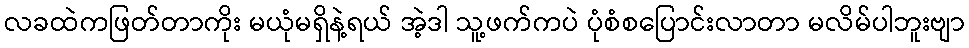
လခထဲကဖြတ်တာကိုး မယုံမရှိနဲ့ရယ် အဲ့ဒါ သူ့ဖက်ကပဲ ပုံစံစပြောင်းလာတာ မလိမ်ပါဘူးဗျာ